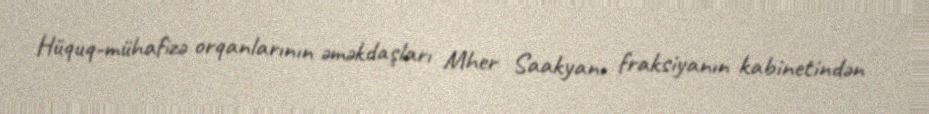
Hüquq-mühafizə orqanlarının əməkdaşları Mher Saakyanı fraksiyanın kabinetindən